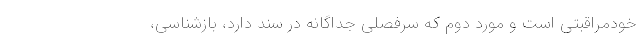
خودمراقبتی است و مورد دوم که سرفصلی جداگانه در سند دارد، بازشناسی،